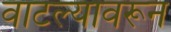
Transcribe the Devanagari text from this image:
वाटल्यावरून